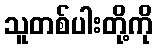
သူတစ်ပါးတို့ကို